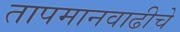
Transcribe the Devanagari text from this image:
तापमानवाढीचे